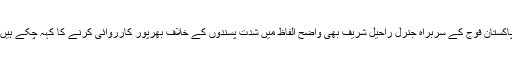
پاکستان فوج کے سربراہ جنرل راحیل شریف بھی واضح الفاظ میں شدت پسندوں کے خلاف بھرپور کارروائی کرنے کا کہہ چکے ہیں۔